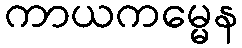
ကာယကမ္မေန